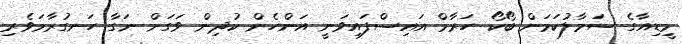
މީޑިއާގެ ސަމާލުކަމަށް ބޯކޯ ހަރާމް އައިސްފައިވަނީ އަންހެން ކުދިން ވަގަށް ނަގާ ހަނގުރާމަވެރި